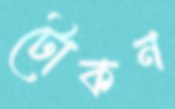
টোকন